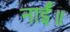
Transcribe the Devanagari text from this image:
नाईं॥